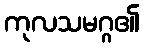
ကုလသမဂ္ဂ၏